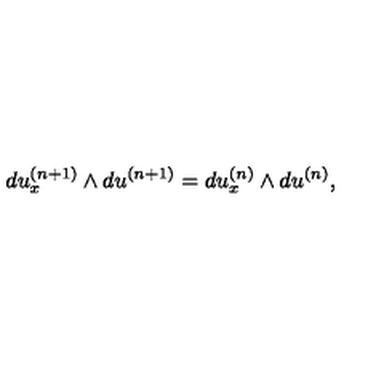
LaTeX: d u _ { x } ^ { ( n + 1 ) } \wedge d u ^ { ( n + 1 ) } = d u _ { x } ^ { ( n ) } \wedge d u ^ { ( n ) } ,